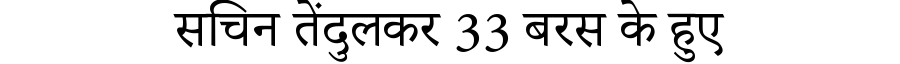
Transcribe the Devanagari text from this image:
सचिन तेंदुलकर 33 बरस के हुए